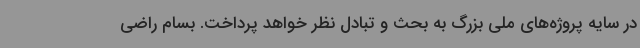
در سایه پروژه‌های ملی بزرگ به بحث و تبادل نظر خواهد پرداخت. بسام راضی